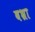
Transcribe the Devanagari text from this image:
बभ्रा